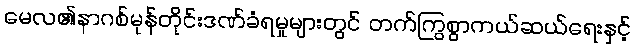
မေလ၏နာဂစ်မုန်တိုင်းဒဏ်ခံရမှုများတွင် တက်ကြွစွာကယ်ဆယ်ရေးနှင့်